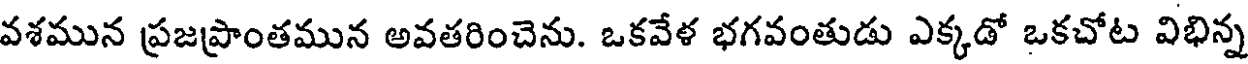
వశమున ప్రజప్రాంతమున అవతరించెను. ఒకవేళ భగవంతుడు ఎక్కడో ఒకచోట విభిన్న